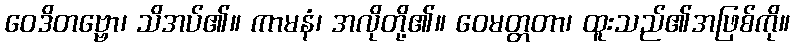
ဝေဒိတဗ္ဗော၊ သိအပ်၏။ ကာမနံ၊ အလိုတို့၏။ ဝေမတ္တတာ၊ ထူးသည်၏အဖြစ်ကို။